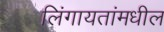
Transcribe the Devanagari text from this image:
लिंगायतांमधील